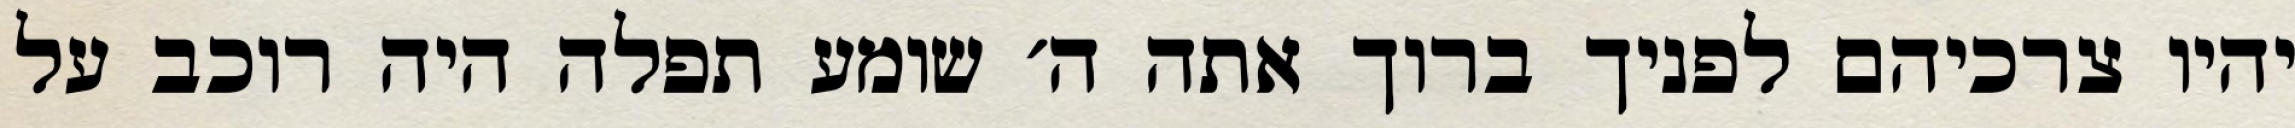
יהיו צרכיהם לפניך ברוך אתה ה׳ שומע תפלה היה רוכב על